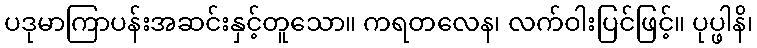
ပဒုမာကြာပန်းအဆင်းနှင့်တူသော။ ကရတလေန၊ လက်ဝါးပြင်ဖြင့်။ ပုပ္ဖါနိ၊